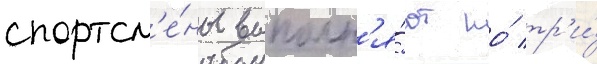
спортсм'е́ны выполн'я́ют по́ тр'и́